Annual report on the working of the lock hospitals in the Central Provinces
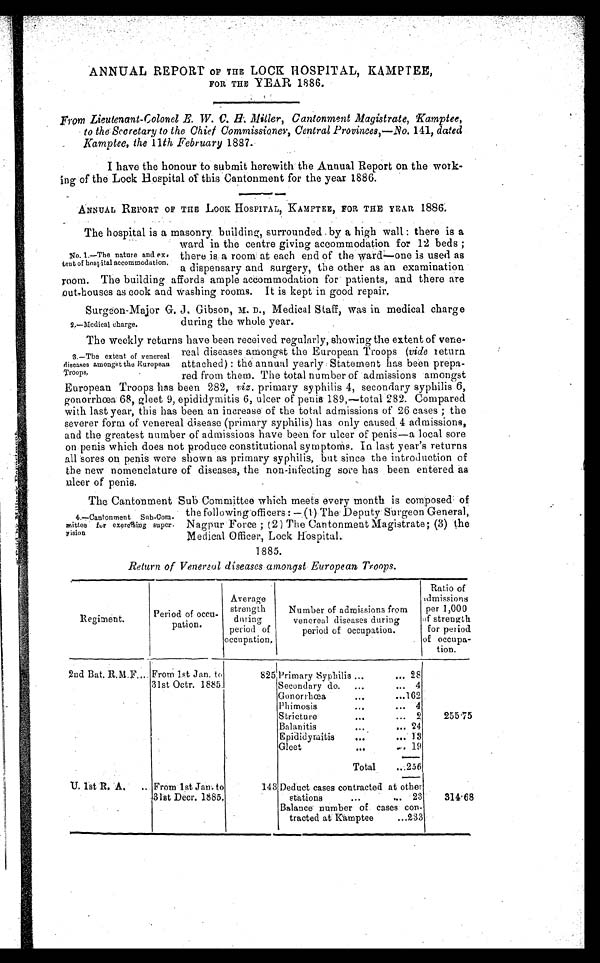
ANNUAL REPORT OF THE LOCK HOSPITAL, KAMPTEE,
FOR THE YEAR 1886.
From Lieutenant-Colonel E. W. C. H . Miller, Cantonment Magistrate, Kamptee,
to the Secretary to the Chief Commissioner, Central Provinces,—No. 141, dated
Kamptee, the 11th February 1887.
I have the honour to submit herewith the Annual Report on the work-
ing of the Lock Hospital of this Cantonment for the year 1886.
ANNUAL REPORT OF THE LOCK HOSPITAL, KAMPTEE, FOR THE YEAR 1886.
The hospital is a masonry building, surrounded by a high wall:there is a
ward in the centre giving accommodation for 12 beds;
there is a room at each end of the ward—one is used as
a dispensary and surgery, the other as an examination
room. The building affords ample accommodation for patients, and there are
out-houses as cook and washing rooms. It is kept in good repair.
Surgeon-Major G. J. Gibson, M. D., Medical Staff, was in medical charge
during the whole year.
The weekly returns have been received regularly, showing the extent of vene-
real diseases amongst the European Troops (vide return
attached):the annual yearly:Statement has been prepa-
red from them. The total number of admissions amongst
European Troops has been 282, viz. primary syphilis 4, secondary syphilis 6,
gonorrhœa 68, gleet 9, epididymitis 6, ulcer of penis 189,—total 282. Compared
with last year, this has been an increase of the total admissions of 26 cases; the
severer form of venereal disease (primary syphilis) has only caused 4 admissions,
and the greatest number of admissions have been for ulcer of penis—a local sore
on penis which does not produce constitutional symptoms. In last year's returns
all 'sores on penis were shown as primary syphilis, but since the introduction of
the new nomenclature of diseases, the non-infecting sore has been entered as
ulcer of penis.
The Cantonment Sub Committee which meets every month is composed of
the following officers:—. (1) The Deputy Surgeon General,
Nagpur Force ;(2) The Cantonment Magistrate; (3) the
Medical Officer, Lock. Hospital.
1885.
Return of Venereal diseases amongst European Troops.
R e g i m e n t .
p e r i o d o f
o c c u p a t i o n .
Average
strength
during
period of
occupation.
Number of admissions from
venereal diseases durin
g during
period of occupation.
Ratio of
a d m i s s i o n s
per 1,000
o f s t r e n g t h
for period
of occupa-
tion.
2nd Bat. R.M.F.... From lst Jan. to
31st Octr. 1885.
825 Primary Syphilis ...
. . . 28
Secondary do. ...
... 4
Gonorrhœa
...
...162
Phimosis
...
... 4
Stricture
...
... 9
255.75
Balanitis
...... 24
,
Epididymitis
... ...' 13
Glees
... ... 19
Total
...256
U. 1st R, A. .. From 1st Jan to
31st Decr. 1885,
143 Deduct cases contracted at other
stations
...
... 23
314.68
Balance number of cases con-
tracted at Kamptee
...233
No. 1.—The nature and ex
tent of hospital accommodation.
2.—medical charge.
3.—The extent of venereal
d i s e a s e s a m o n g s t t h e E u r o p e a n
Troops.
4.—Cantonment Sub-Com-
mittee for exercising
s u p e r v i s i o n